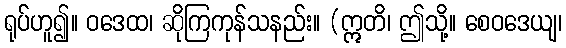
ရုပ်ဟူ၍။ ဝဒေထ၊ ဆိုကြကုန်သနည်း။ (ဣတိ၊ ဤသို့။ စေဝဒေယျ၊